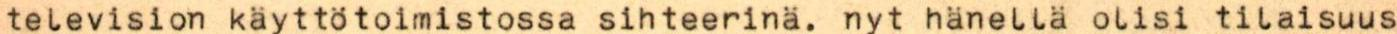
television käyttötoimistossa sihteerinä. nyt hänellä olisi tilaisuus